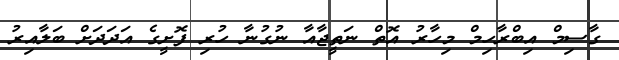
ގާސިމް އިބްރާހިމް މިހާރު އޮތް ނަތީޖާއާ ނުގުނާ ހުރި ފޮށީގެ އަދަދަށް ބަލާއިރު